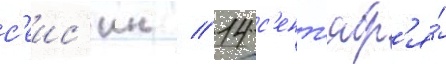
с'еис'ин // 14 с'ент'ябр'я́